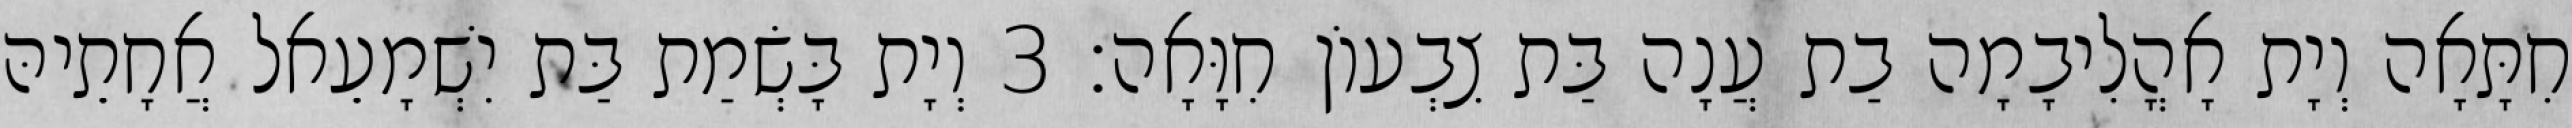
חִתָּאָה וְיָת אָהֳלִיבָמָה בַת עֲנָה בַּת צִבְעוֹן חִוָּאָה׃ 3 וְיָת בָּשְׂמַת בַּת יִשְׁמָעֵאל אֲחָתֵיהּ